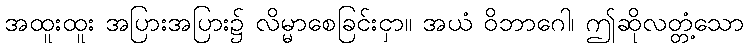
အထူးထူး အပြားအပြား၌ လိမ္မာစေခြင်းငှာ။ အယံ ဝိဘာဂေါ၊ ဤဆိုလတ္တံ့သော